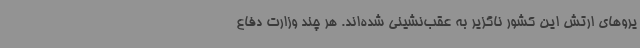
یروهای ارتش این کشور ناگزیر به عقب‌نشینی شده‌اند. هر چند وزارت دفاع